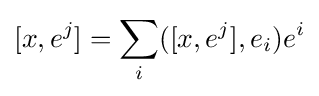
[x,e^{j}]=\sum _{i}([x,e^{j}],e_{i})e^{i}